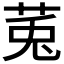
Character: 𫟏